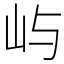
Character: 屿